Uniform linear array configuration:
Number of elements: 64
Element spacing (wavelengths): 0.25
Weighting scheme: binomial
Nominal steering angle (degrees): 45
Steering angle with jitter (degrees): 45.176
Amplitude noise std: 0.05
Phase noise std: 0.05

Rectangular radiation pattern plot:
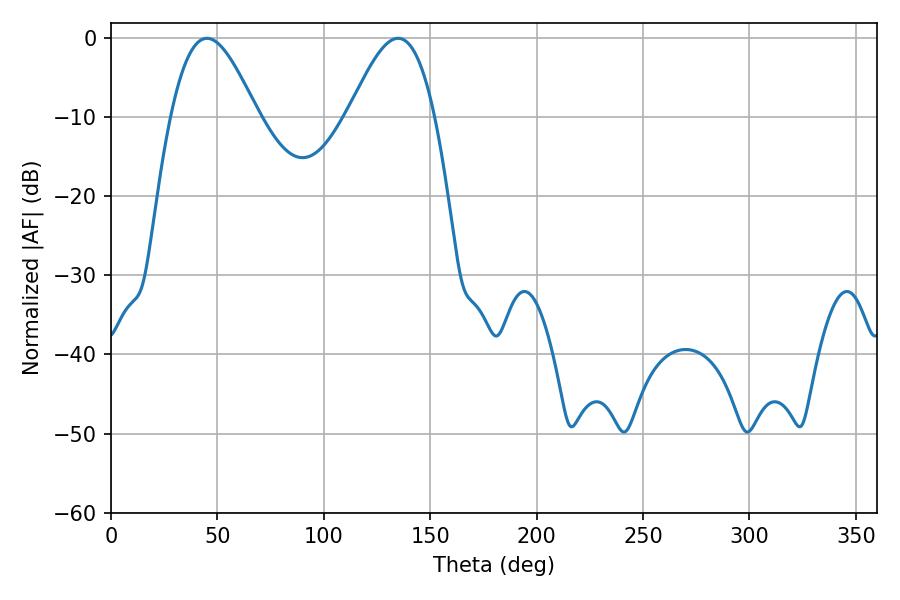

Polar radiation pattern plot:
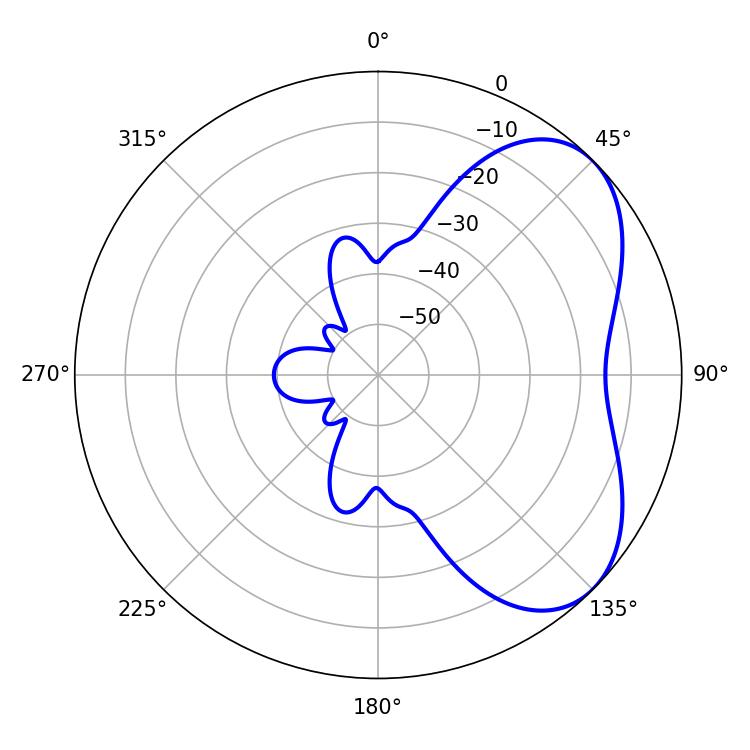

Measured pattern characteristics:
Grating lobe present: FALSE
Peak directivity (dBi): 5.056
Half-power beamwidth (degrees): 21.78
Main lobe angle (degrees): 45